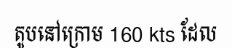
តូបនៅក្រោម 160 kts ដែល